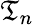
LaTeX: \mathfrak{T}_{n}